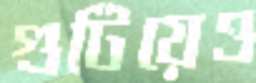
গুটিয়েও